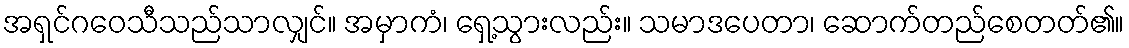
အရှင်ဂဝေသီသည်သာလျှင်။ အမှာကံ၊ ရှေ့သွားလည်း။ သမာဒပေတာ၊ ဆောက်တည်စေတတ်၏။